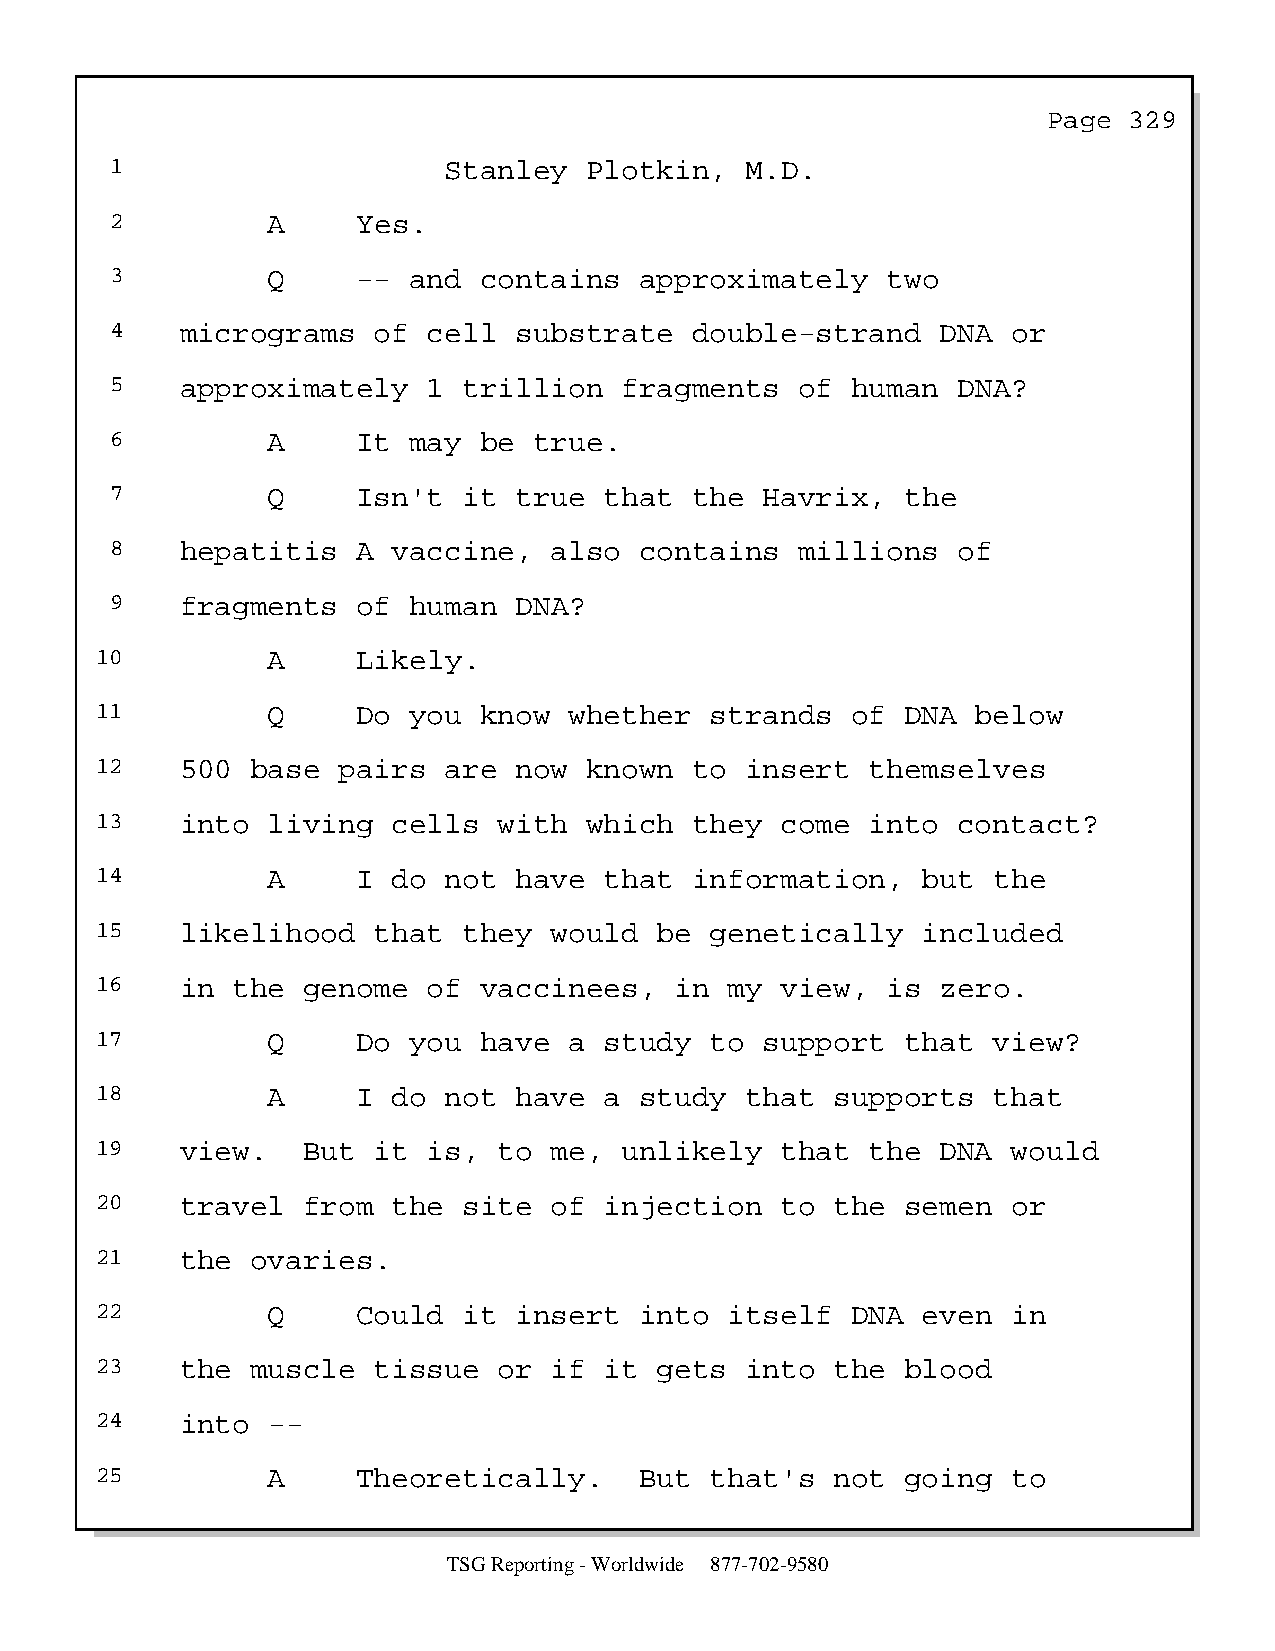
Page  329
 1                     Stanley   Plotkin,  M.D.
 2          A     Yes.
 3          Q     -- and  contains  approximately    two
 4    micrograms   of cell  substrate   double-strand   DNA  or
 5    approximately   1  trillion  fragments   of human  DNA?
 6          A     It may  be true.
 7          Q     Isn't  it true  that  the  Havrix,  the
 8    hepatitis   A vaccine,  also  contains   millions  of
 9    fragments   of human  DNA?
 10          A     Likely.
 11          Q     Do you  know  whether  strands  of  DNA  below
 12    500  base pairs  are  now  known  to insert   themselves
 13    into  living  cells  with  which  they  come  into contact?
 14          A     I do not  have  that  information,   but  the
 15    likelihood   that  they would   be genetically   included
 16    in the  genome  of  vaccinees,   in my  view,  is zero.
 17          Q     Do you  have  a study  to  support  that  view?
 18          A     I do not  have  a study  that  supports   that
 19    view.   But  it is,  to me,  unlikely   that  the DNA  would
 20    travel  from  the  site of  injection   to the  semen  or
 21    the  ovaries.
 22          Q     Could  it insert  into  itself  DNA  even  in
 23    the  muscle  tissue  or if  it  gets into  the  blood
 24    into  --
 25          A     Theoretically.    But  that's  not  going  to
 TSG Reporting - Worldwide 877-702-9580